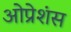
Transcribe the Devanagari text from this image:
ओप्रेशंस